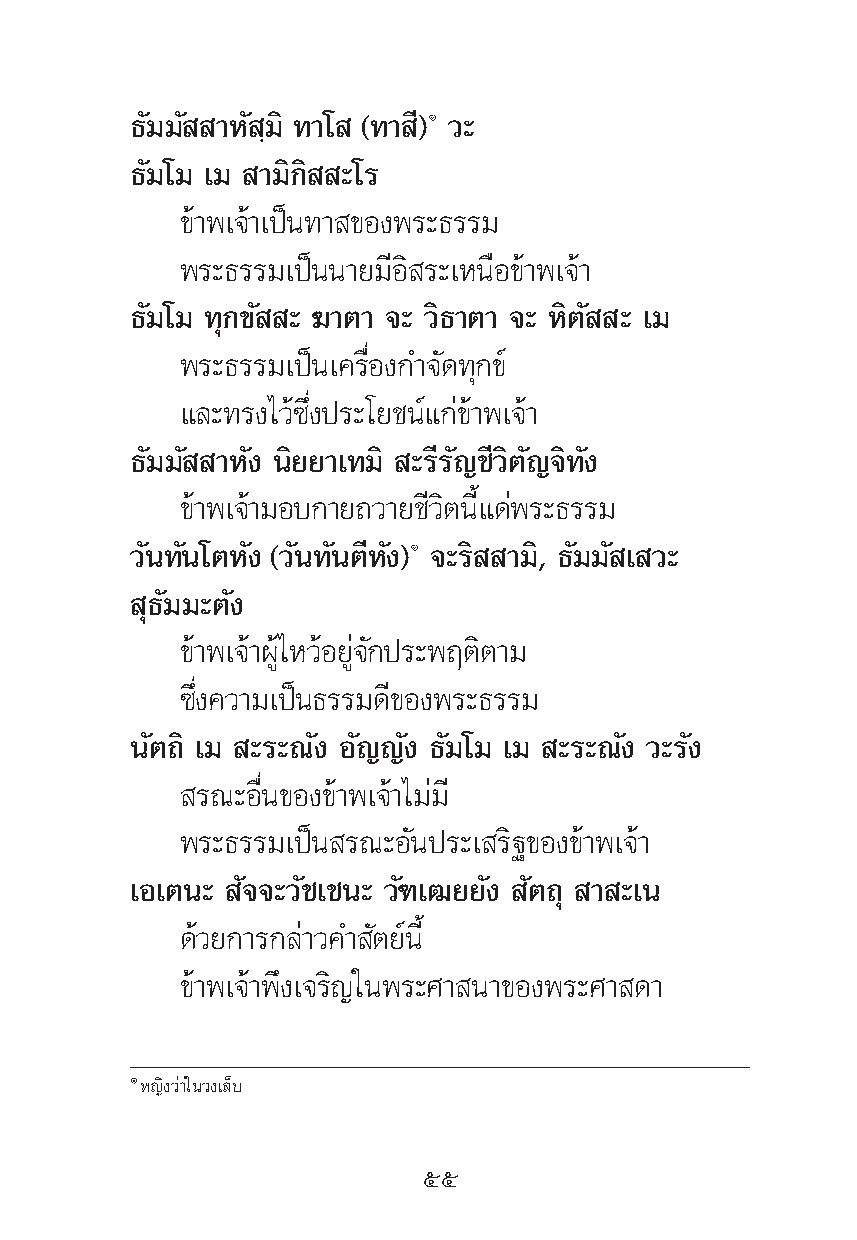
∏—¡¡— “À— ⁄¡‘ ∑“‚ (∑“ ’)Ò «–
 ∏—¡‚¡ ‡¡ “¡‘°‘ –‚√
 ¢â“æ‡®â“‡ªìπ∑“ ¢Õßæ√–∏√√¡
 æ√–∏√√¡‡ªìππ“¬¡’Õ‘ √–‡Àπ◊Õ¢â“æ‡®â“
 ∏—¡‚¡ ∑ÿ°¢— – ¶“μ“ ®– «‘∏“μ“ ®– À‘μ— – ‡¡
 æ√–∏√√¡‡ªìπ‡§√◊ËÕß°”®—¥∑ÿ°¢å
 ·≈–∑√ß‰«â´÷Ëßª√–‚¬™πå·°à¢â“æ‡®â“
 ∏—¡¡— “À—ß π‘¬¬“‡∑¡‘ –√’√—≠™’«‘μ—≠®‘∑—ß
 ¢â“æ‡®â“¡Õ∫°“¬∂«“¬™’«‘μπ’È·¥àæ√–∏√√¡
 «—π∑—π‚μÀ—ß («—π∑—πμ’À—ß)Ò ®–√‘ “¡‘, ∏—¡¡— ‡ «–
 ÿ∏—¡¡–μ—ß
 ¢â“æ‡®â“ºŸâ‰À«âÕ¬Ÿà®—°ª√–æƒμ‘μ“¡
 ´÷Ëß§«“¡‡ªìπ∏√√¡¥’¢Õßæ√–∏√√¡
 π—μ∂‘ ‡¡ –√–≥—ß Õ—≠≠—ß ∏—¡‚¡ ‡¡ –√–≥—ß «–√—ß
 √≥–Õ◊Ëπ¢Õß¢â“æ‡®â“‰¡à¡’
 æ√–∏√√¡‡ªìπ √≥–Õ—πª√–‡ √‘∞¢Õß¢â“æ‡®â“
 ‡Õ‡μπ– —®®–«—™‡™π– «—±‡≤¬¬—ß —μ∂ÿ “ –‡π
 ¥â«¬°“√°≈à“«§” —μ¬åπ’È
 ¢â“æ‡®â“æ÷ß‡®√‘≠„πæ√–»“ π“¢Õßæ√–»“ ¥“
 ÒÀ≠‘ß«à“„π«ß‡≈Á∫
 ıı